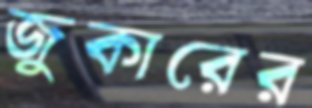
জুকারের